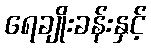
ရေချိုးခန်းနှင့်